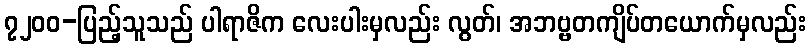
၇၂၀၀-ပြည့်သူသည် ပါရာဇိက လေးပါးမှလည်း လွတ်၊ အဘဗ္ဗတကျိပ်တယောက်မှလည်း